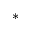
^ *